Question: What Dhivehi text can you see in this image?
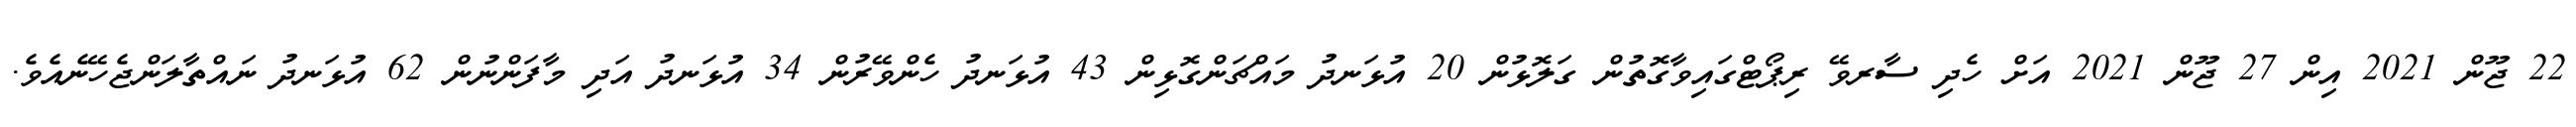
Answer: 22 ޖޫން 2021 އިން 27 ޖޫން 2021 އަށް ހެދި ސާރވޭ ރިޕޯޓްގައިވާގޮތުން ގަލޮޅުން 20 އުޅަނދު މައްޗަންގޮޅިން 43 އުޅަނދު ހެންވޭރުން 34 އުޅަނދު އަދި މާފަންނުން 62 އުޅަނދު ނައްތާލަންޖެހޭނެއެވެ.